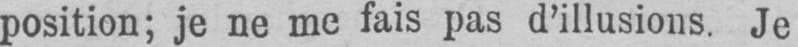
position; je ne me fais pas d’illusions. Je